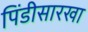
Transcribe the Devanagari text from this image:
पिंडीसारखा